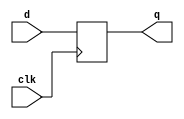
module dflipflop(clk, d, q);
	input clk;
	input  d;
	output q;
	reg q;
 
	always @(posedge clk)
		q <= d;
		
endmodule